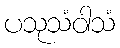
ပသုသံဝါသံ